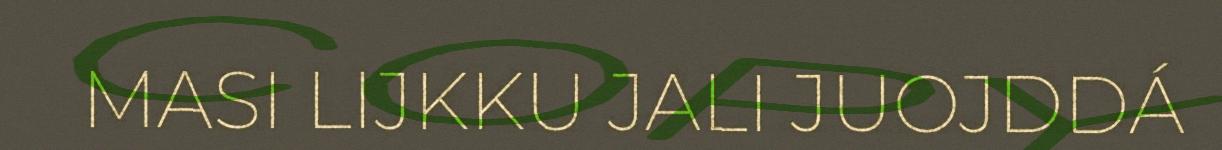
MASI LIJKKU JALI JUOJDDÁ